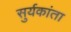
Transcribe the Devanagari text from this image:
सुर्यकांता